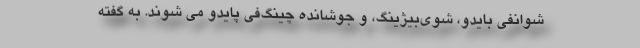
شوانفی بایدو، شوی‌بیژینگ، و جوشانده چینگ‌فی پایدو می شوند. به گفته